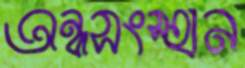
অন্নসংস্হান